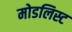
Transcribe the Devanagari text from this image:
मोडलिस्ट